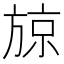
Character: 𭤼